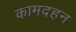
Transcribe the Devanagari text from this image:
कामदहन